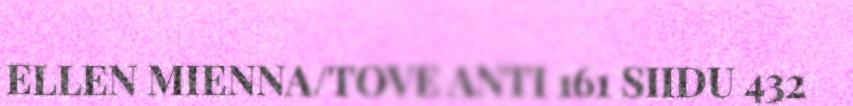
ELLEN MIENNA/TOVE ANTI 161 SIIDU 432